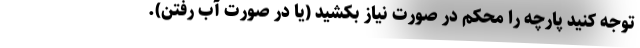
توجه کنید پارچه را محکم در صورت نیاز بکشید (یا در صورت آب رفتن).